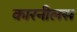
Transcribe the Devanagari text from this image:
कारनीलस